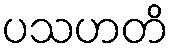
ပသဟတိ